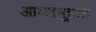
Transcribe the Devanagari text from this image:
आम्लमूत्रता